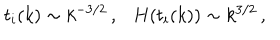
t _ { i } ( k ) \sim k ^ { - 3 / 2 } \, , H ( t _ { i } ( k ) ) \sim k ^ { 3 / 2 } \, ,